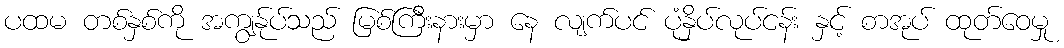
ပထမ တစ်နှစ်ကို အကျွန်ုပ်သည် မြစ်ကြီးနားမှာ နေ လျက်ပင် ပုံနှိပ်လုပ်ငန်း နှင့် စာအုပ် ထုတ်ဝေမှု